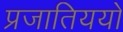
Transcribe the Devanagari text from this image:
प्रजातिययों